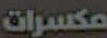
مكسرات